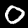
Label: 0